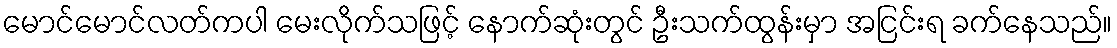
မောင်မောင်လတ်ကပါ မေးလိုက်သဖြင့် နောက်ဆုံးတွင် ဦးသက်ထွန်းမှာ အငြင်းရ ခက်နေသည်။